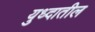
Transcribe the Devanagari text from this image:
युध्दातील